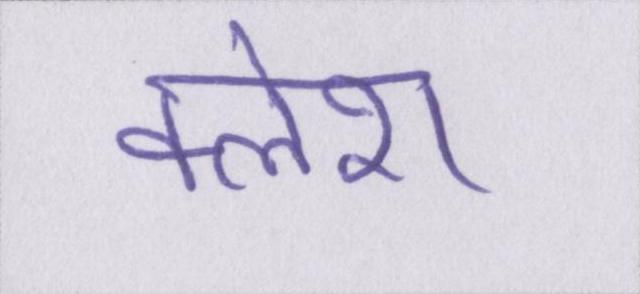
क्लेश